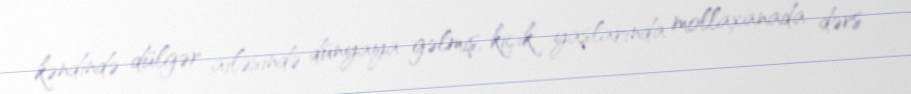
kəndində dülgər ailəsində dünyaya gəlmiş, kiçik yaşlarında mollaxanada dərs